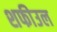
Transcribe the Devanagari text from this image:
शफीउल